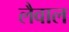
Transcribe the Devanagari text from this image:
लैवाल